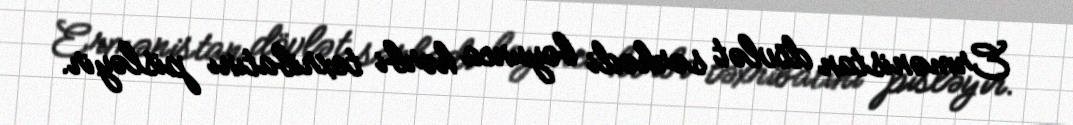
Ermənistan dövlət sərhədi boyunca hərbi təxribatını pisləyir.